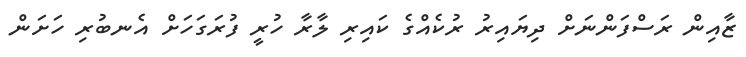
ޒާއިން ރަސްފަންނަށް ދިޔައިރު ރުކެއްގެ ކައިރި ލާރާ ހުރީ ފުރަގަހަށް އެނބުރި ހަށަން